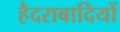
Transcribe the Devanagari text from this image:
हैदराबादियों